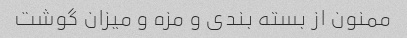
ممنون از بسته بندی و مزه و میزان گوشت